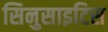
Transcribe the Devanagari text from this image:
सिनुसाइटिस